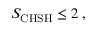
\begin{array} { r } { S _ { \mathrm { C H S H } } \le 2 \; , } \end{array}